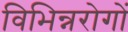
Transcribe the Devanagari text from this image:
विभिन्नरोगों